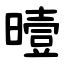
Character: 曀